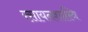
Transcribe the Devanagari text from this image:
रसायनशास्त्रि